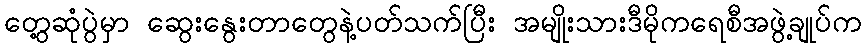
တွေ့ဆုံပွဲမှာ ဆွေးနွေးတာတွေနဲ့ပတ်သက်ပြီး အမျိုးသားဒီမိုကရေစီအဖွဲ့ချုပ်က